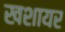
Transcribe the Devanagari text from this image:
खशायर